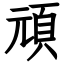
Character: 頑